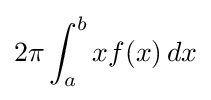
2\pi \int _{a}^{b}xf(x)\,dx